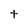
Character: t